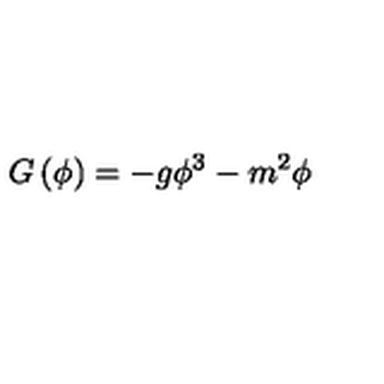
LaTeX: G \left( \phi \right) = - g \phi ^ { 3 } - m ^ { 2 } \phi